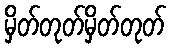
မှိတ်တုတ်မှိတ်တုတ်